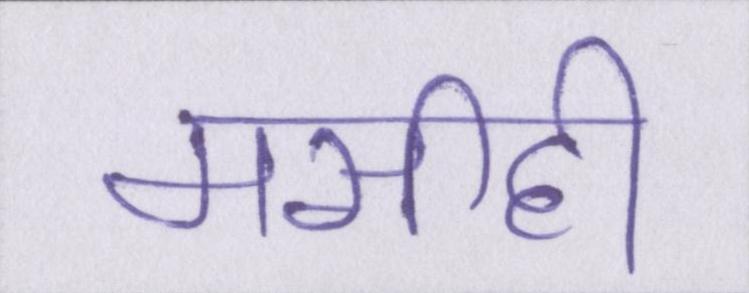
मसीही